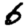
Digit: 6